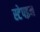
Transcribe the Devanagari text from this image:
स्टेपइन